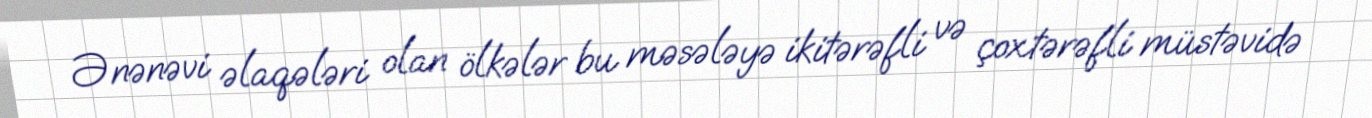
Ənənəvi əlaqələri olan ölkələr bu məsələyə ikitərəfli və çoxtərəfli müstəvidə